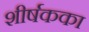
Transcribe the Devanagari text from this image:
शीर्षकका